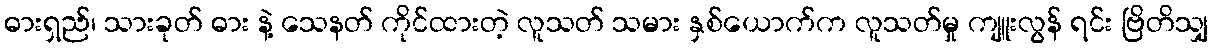
ဓားရှည်၊ သားခုတ် ဓား နဲ့ သေနတ် ကိုင်ထားတဲ့ လူသတ် သမား နှစ်ယောက်က လူသတ်မှု ကျူးလွန် ရင်း ဗြိတိသျှ